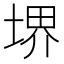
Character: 堺